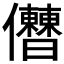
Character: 𠑤